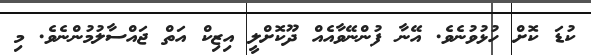
ކުޑަ ކޮށް ހުޅުވުނެވެ. އޭނާ ފުންނޭވާއެއް ދޫކޮށްލީ އިޒިކް އަތް ޖައްސާލުމުންނެވެ. މި